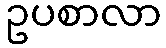
ဥပစာလာ